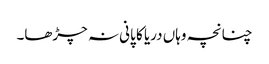
چنانچہ وہاں دریا کا پانی نہ چڑھا۔